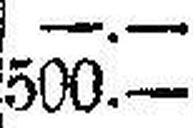
500.—